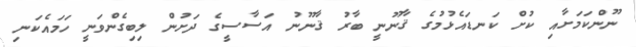
ނޫންކަމަށާއި ކުށް ކަނޑައެޅުމުގެ ޤާނޫނީ ބާރު ޤާނޫނު އަސާސީގެ ދަށުން ލިބިގެންވަނީ ހަމައެކަނި